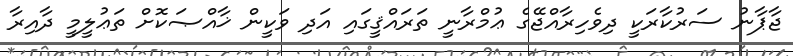
ޖާޕާނު ސަރުކާރަކީ ދިވެހިރާއްޖޭގެ ޢުމްރާނީ ތަރައްޤީގައި އަދި ވަކީން ޚާއްޞަކޮށް ތަޢުލީމީ ދާއިރާ